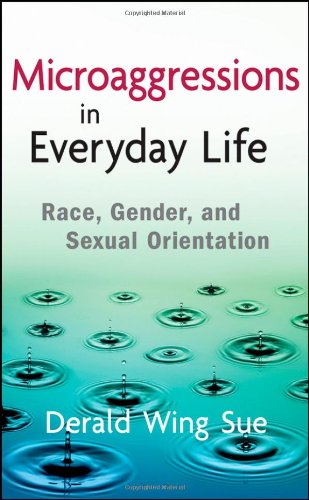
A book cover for Microaggressions in Everyday Life: Race, Gender, and Sexual Orientation; Derald Wing Sue; Medical Books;